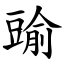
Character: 䜽